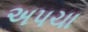
અપચા